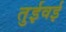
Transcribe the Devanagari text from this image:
तुईवई